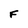
Character: F